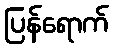
ပြန်ရောက်